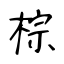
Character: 棕